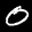
Label: 0